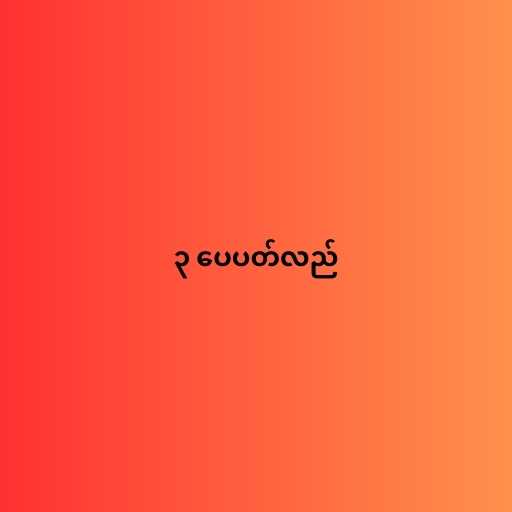
၃ ပေပတ်လည်